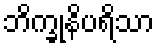
ဘိက္ခုနိပရိသာ